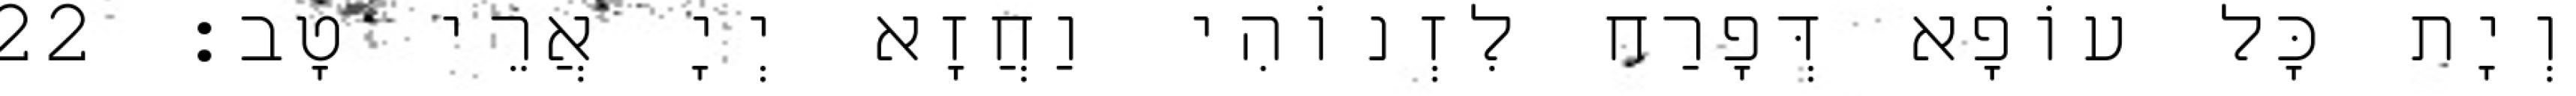
וְיָת כָּל עוֹפָא דְּפָרַח לִזְנוֹהִי וַחֲזָא יְיָ אֲרֵי טָב׃ 22